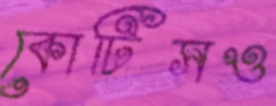
কোটিসও